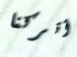
أتركنا